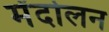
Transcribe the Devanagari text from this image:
मेंदोलन